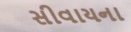
સીવાયના